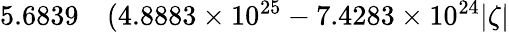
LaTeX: \begin{array}{rl}{5.6839}&{{}(4.8883\times 10^{25}-7.4283\times 10^{24}|\zeta|}\end{array}